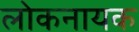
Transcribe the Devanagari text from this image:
लोकनायक